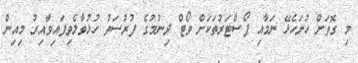
މި ގޮތަށް ހުށަހެޅޭ ނަމާއި ޕޯސްޓަރުތަކަށް ވޯޓް ދިނުމުގެ ފުރުސަތު ހުޅުވާލެވިފައިވާއިރު މިއިން